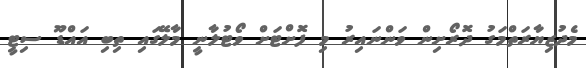
މެދުޒިޔާރަތްމަގު ދޮރޯށިން ވަންނައިރު މި ފޮށްޓަށް ވޯޓުލާނީ މާލޭގައި ތިބި އައްޑޫ ސިޓީ